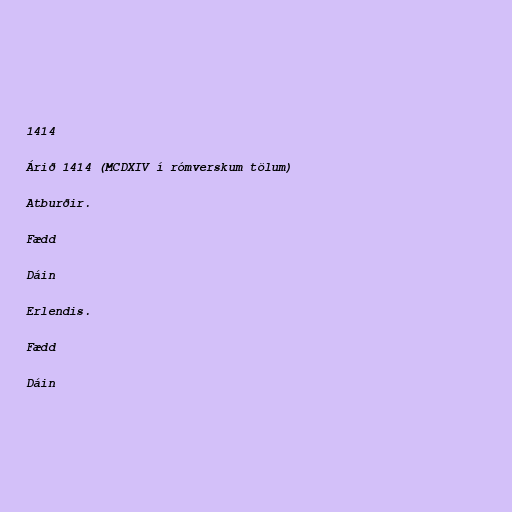
1414

Árið 1414 (MCDXIV í rómverskum tölum)

Atburðir.

Fædd

Dáin

Erlendis.

Fædd

Dáin